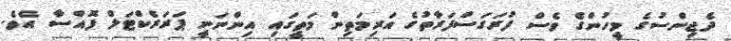
ދެޖިންސުގެ މީހުންގެ ވެސް ފުރަގަސްފަރާތުގެ އަރިމަތިން މަތީގައި އިންނަނީ ޕަރަރެކްޓަލް ފޮއްސާ އެވެ.